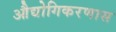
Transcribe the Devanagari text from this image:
औद्योगिकरणास